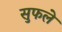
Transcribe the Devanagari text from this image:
सुफले